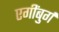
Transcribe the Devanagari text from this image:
एगींबुर्ग